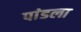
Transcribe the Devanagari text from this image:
पांडला